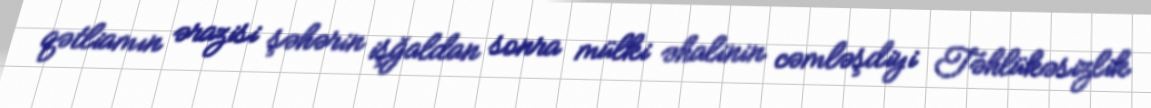
qətliamın ərazisi şəhərin işğaldan sonra mülki əhalinin cəmləşdiyi Təhlükəsizlik